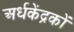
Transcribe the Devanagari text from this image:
अर्धकेंद्रकों